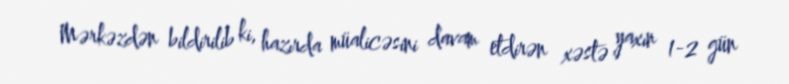
Mərkəzdən bildirilib ki, hazırda müalicəsini davam etdirən xəstə yaxın 1-2 gün